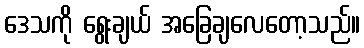
ဒေသကို ရွေးချယ် အခြေချလေတော့သည်။